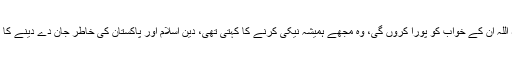
میں ان شاء اللہ ان کے خواب کو پورا کروں گی، وہ مجھے ہمیشہ نیکی کرنے کا کہتی تھی، دین اسلام اور پاکستان کی خاطر جان دے دینے کا کہتی تھیں۔